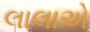
લાલાએ